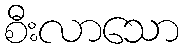
စီးလာသော